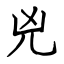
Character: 兇